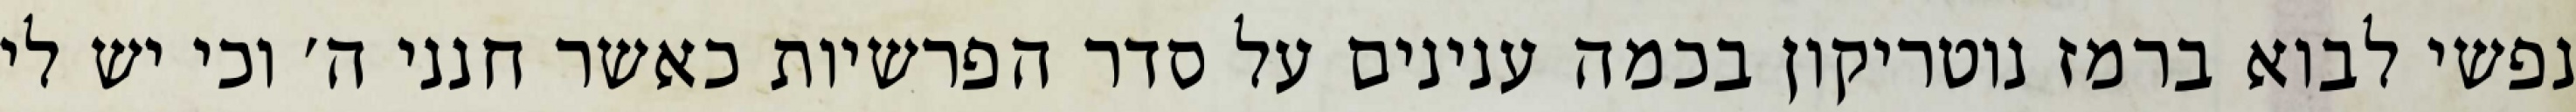
נפשי לבוא ברמז נוטריקון בכמה ענינים על סדר הפרשיות כאשר חנני ה׳ וכי יש לי